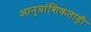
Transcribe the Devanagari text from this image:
आनुवांशिकताही